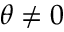
\theta \neq 0